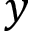
y